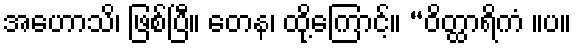
အဟောသိ၊ ဖြစ်ပြီ။ တေန၊ ထို့ကြောင့်။ “ဝိတ္ထာရိကံ ။ပ။